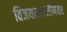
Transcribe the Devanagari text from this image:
विजयादशमीनंतर